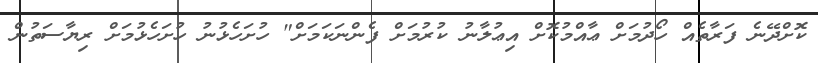
ކޮށްދޭނެ ފަރާތެއް ހޯދުމަށް ޢާއްމުކޮށް އިޢުލާނު ކުރުމަށް ފެންނަކަމަށް" ހުށަހެޅުނު ހުށަހެޅުމަށް ރިޔާސަތުން